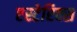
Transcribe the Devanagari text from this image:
एस्टेरिक्स